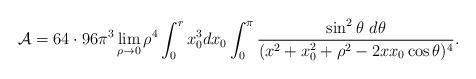
LaTeX: \begin{align*}{\cal A}=64\cdot 96 \pi^3\lim_{\rho\rightarrow 0}\rho^4\int_0^rx_0^3dx_0\int_0^\pi{\sin^2\theta\,\, d\theta\over(x^2+x_0^2+\rho^2-2 x x_0\cos \theta )^4}.\end{align*}